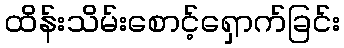
ထိန်းသိမ်းစောင့်ရှောက်ခြင်း